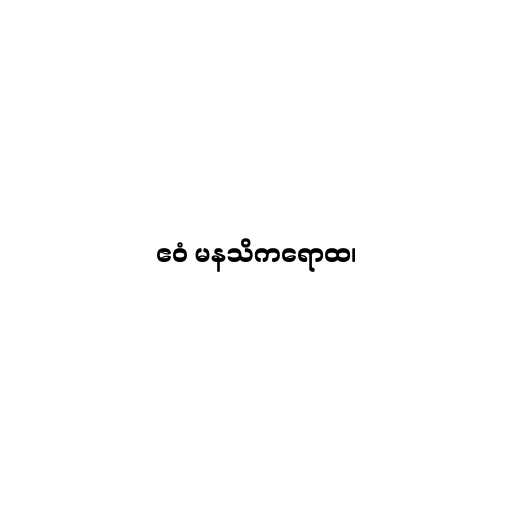
ဧဝံ မနသိကရောထ၊